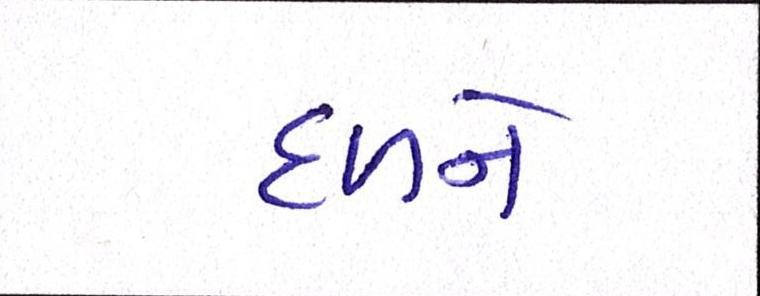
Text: દળને